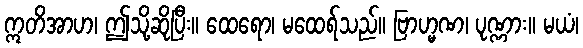
ဣတိအာဟ၊ ဤသို့ဆိုပြီး။ ထေရော၊ မထေရ်သည်။ ဗြာဟ္မဏ၊ ပုဏ္ဏား။ မယံ၊